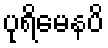
ပုရိမေနပိ